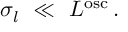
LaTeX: \sigma _ { l } \ \ll \ L ^ { \mathrm { o s c } } \, .